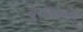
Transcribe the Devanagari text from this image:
बुरागोहाँइ